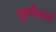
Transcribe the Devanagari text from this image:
पूर्वाचार्य